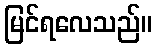
မြင်ရလေသည်။